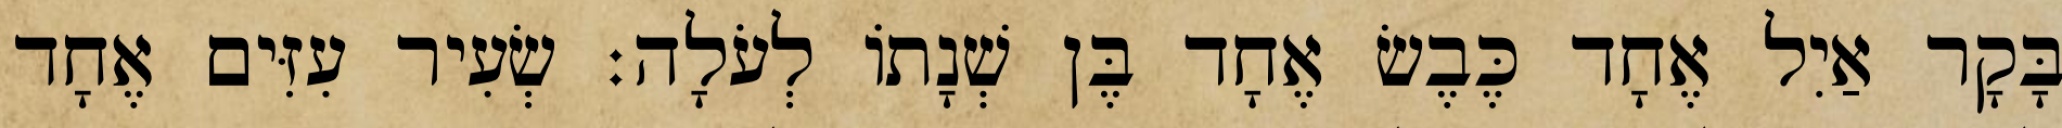
בָּקָר אַיִל אֶחָד כֶּבֶשׂ אֶחָד בֶּן שְׁנָתוֹ לְעֹלָה׃ שְׂעִיר עִזִּים אֶחָד